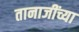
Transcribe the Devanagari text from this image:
तानाजींच्या